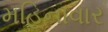
મહિનાવાર